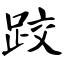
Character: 跤